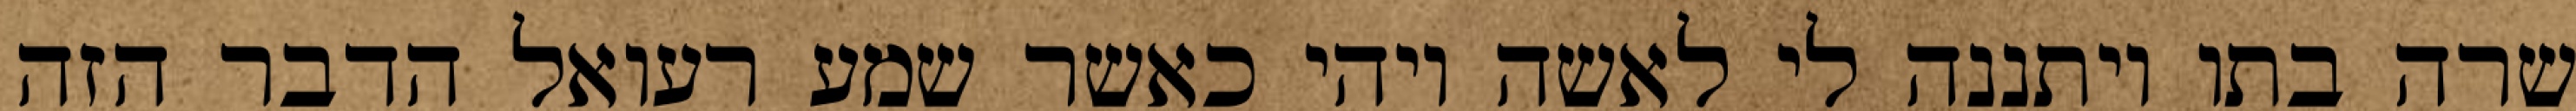
שרה בתו ויתננה לי לאשה ויהי כאשר שמע רעואל הדבר הזה